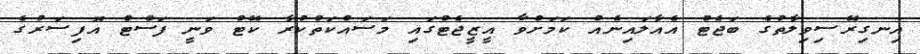
އިނގިރޭސިވިލާތުގެ ބަޖެޓް އެއާލައިނެއް ކަމަށްވާ އީޒީޖެޓްގައި މަސައްކަތްކުރާ ކޭޓް ވަނީ ފަސްޓް އޮފިސަރުގެ